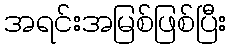
အရင်းအမြစ်ဖြစ်ပြီး